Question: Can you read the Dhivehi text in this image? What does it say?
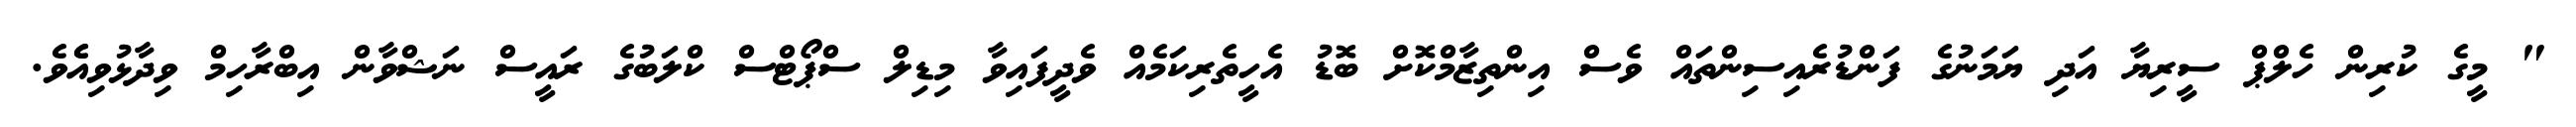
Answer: " މީގެ ކުރިން ހެލްޕް ސީރިޔާ އަދި ޔަމަނުގެ ފަންޑުރެއިސިންތައް ވެސް އިންތިޒާމްކޮށް ބޮޑު އެހީތެރިކަމެއް ވެދީފައިވާ މިޑިލް ސްޕޯޓްސް ކްލަބުގެ ރައީސް ނަޝްވާން އިބްރާހިމް ވިދާޅުވިއެެވެ.